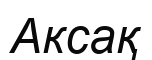
Аксақ